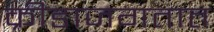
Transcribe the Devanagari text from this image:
क्रीडाजगतात